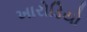
ખારોડિયો